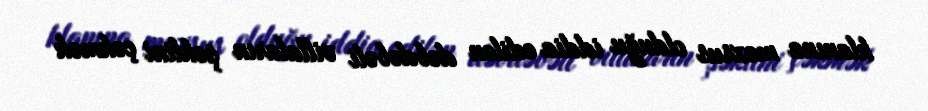
klanına məxsus olduğu iddia edilən dəbdəbəli villaların şəklini çəkmək